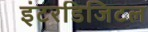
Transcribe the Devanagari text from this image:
इंटरडिजिटल